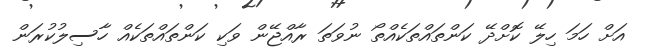
އަށް ހަމަ ހިލޭ ކޮށްދޭ ކަންތައްތަކެއްތޯ ނުވަތަ ރާއްޖޭން ވަކި ކަންތައްތަކެއް ހާސިލުކުރަން